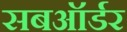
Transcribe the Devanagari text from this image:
सबऑर्डर